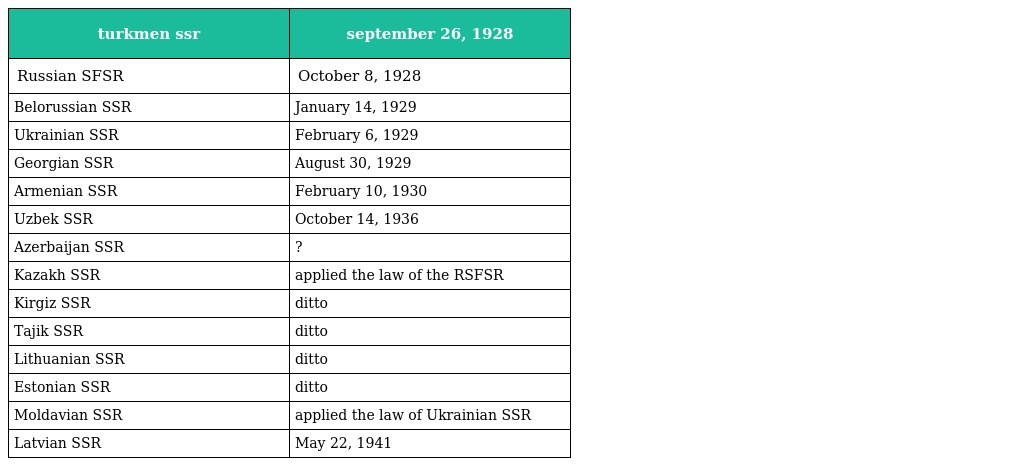
| turkmen ssr | september 26, 1928 |
 | --- | --- |
 | Russian SFSR | October 8, 1928 |
 | Belorussian SSR | January 14, 1929 |
 | Ukrainian SSR | February 6, 1929 |
 | Georgian SSR | August 30, 1929 |
 | Armenian SSR | February 10, 1930 |
 | Uzbek SSR | October 14, 1936 |
 | Azerbaijan SSR | ? |
 | Kazakh SSR | applied the law of the RSFSR |
 | Kirgiz SSR | ditto |
 | Tajik SSR | ditto |
 | Lithuanian SSR | ditto |
 | Estonian SSR | ditto |
 | Moldavian SSR | applied the law of Ukrainian SSR |
 | Latvian SSR | May 22, 1941 |